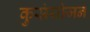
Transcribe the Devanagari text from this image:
कुसंयोजन